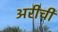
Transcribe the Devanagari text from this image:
अरीची